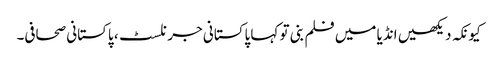
کیونکہ دیکھیں انڈیا میں فلم بنی تو کہا پاکستانی جرنلسٹ، پاکستانی صحافی۔